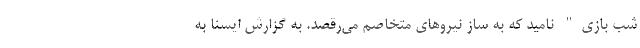
شب بازی" نامید که به ساز نیروهای متخاصم می‌رقصد. به گزارش ایسنا به